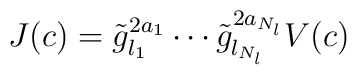
J(c) = \tilde{g}_{l_1}^{2 a_1} \cdots \tilde{g}_{l_{N_l}}^{2    a_{N_l}} V(c)